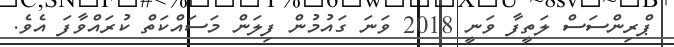
ޕްރިންސަސް ލަތީފާ ވަނީ 2018 ވަނަ ގައުމުން ފިލަން މަސައްކަތް ކުރައްވާފަ އެވެ.